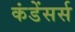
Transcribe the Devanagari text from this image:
कंडेंसर्स